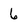
Character: 6